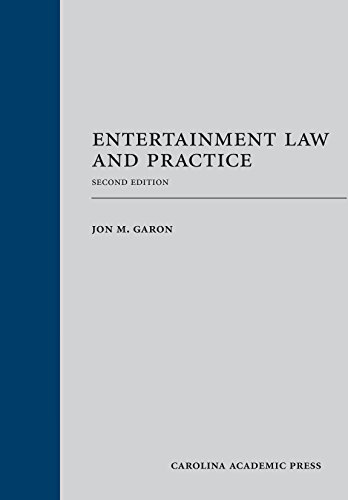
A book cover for Entertainment Law and Practice, Second Edition; Jon M. Garon; Law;